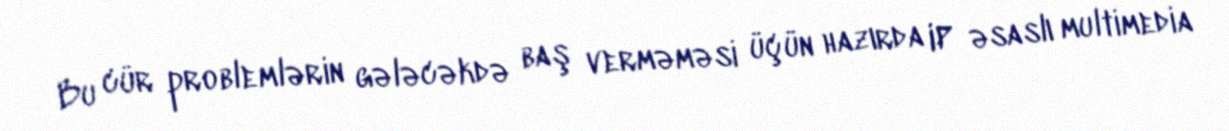
Bu cür problemlərin gələcəkdə baş verməməsi üçün hazırda IP əsaslı multimedia